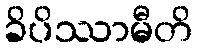
ခိပိဿာမီတိ